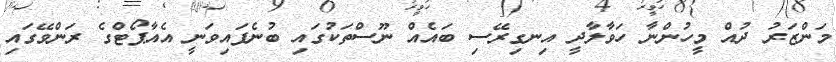
މަންޒަރު ދުއް މީހުންނާ ހަވާލާދީ އިނގިރޭސި ބައެއް ނޫސްތަކުގައި ބުނެފައިވަނީ އެއާޕޯޓްގެ ރަންވޭގައި